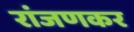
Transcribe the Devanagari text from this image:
रांजणकर